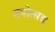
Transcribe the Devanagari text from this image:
तपोत्सव